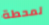
لمحطة